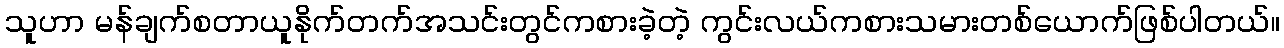
သူဟာ မန်ချက်စတာယူနိုက်တက်အသင်းတွင်ကစားခဲ့တဲ့ ကွင်းလယ်ကစားသမားတစ်ယောက်ဖြစ်ပါတယ်။